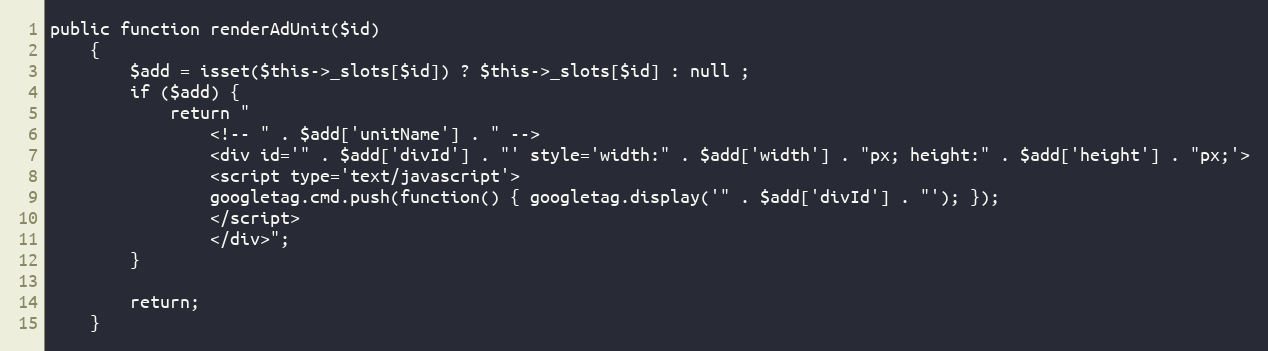
Language: PHP
public function renderAdUnit($id)
    {
        $add = isset($this->_slots[$id]) ? $this->_slots[$id] : null ;
        if ($add) {
            return "
                <!-- " . $add['unitName'] . " -->
                <div id='" . $add['divId'] . "' style='width:" . $add['width'] . "px; height:" . $add['height'] . "px;'>
                <script type='text/javascript'>
                googletag.cmd.push(function() { googletag.display('" . $add['divId'] . "'); });
                </script>
                </div>";
        }

        return;
    }